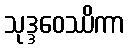
သုဒ္ဒဝေဿိကာ